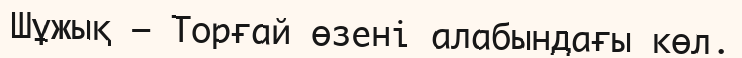
Шұжық – Торғай өзені алабындағы көл.